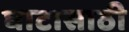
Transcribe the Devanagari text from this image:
घाटासाठी